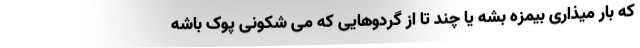
که بار میذاری بیمزه بشه یا چند تا از گردوهایی که می شکونی پوک باشه